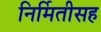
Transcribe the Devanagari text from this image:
निर्मितीसह